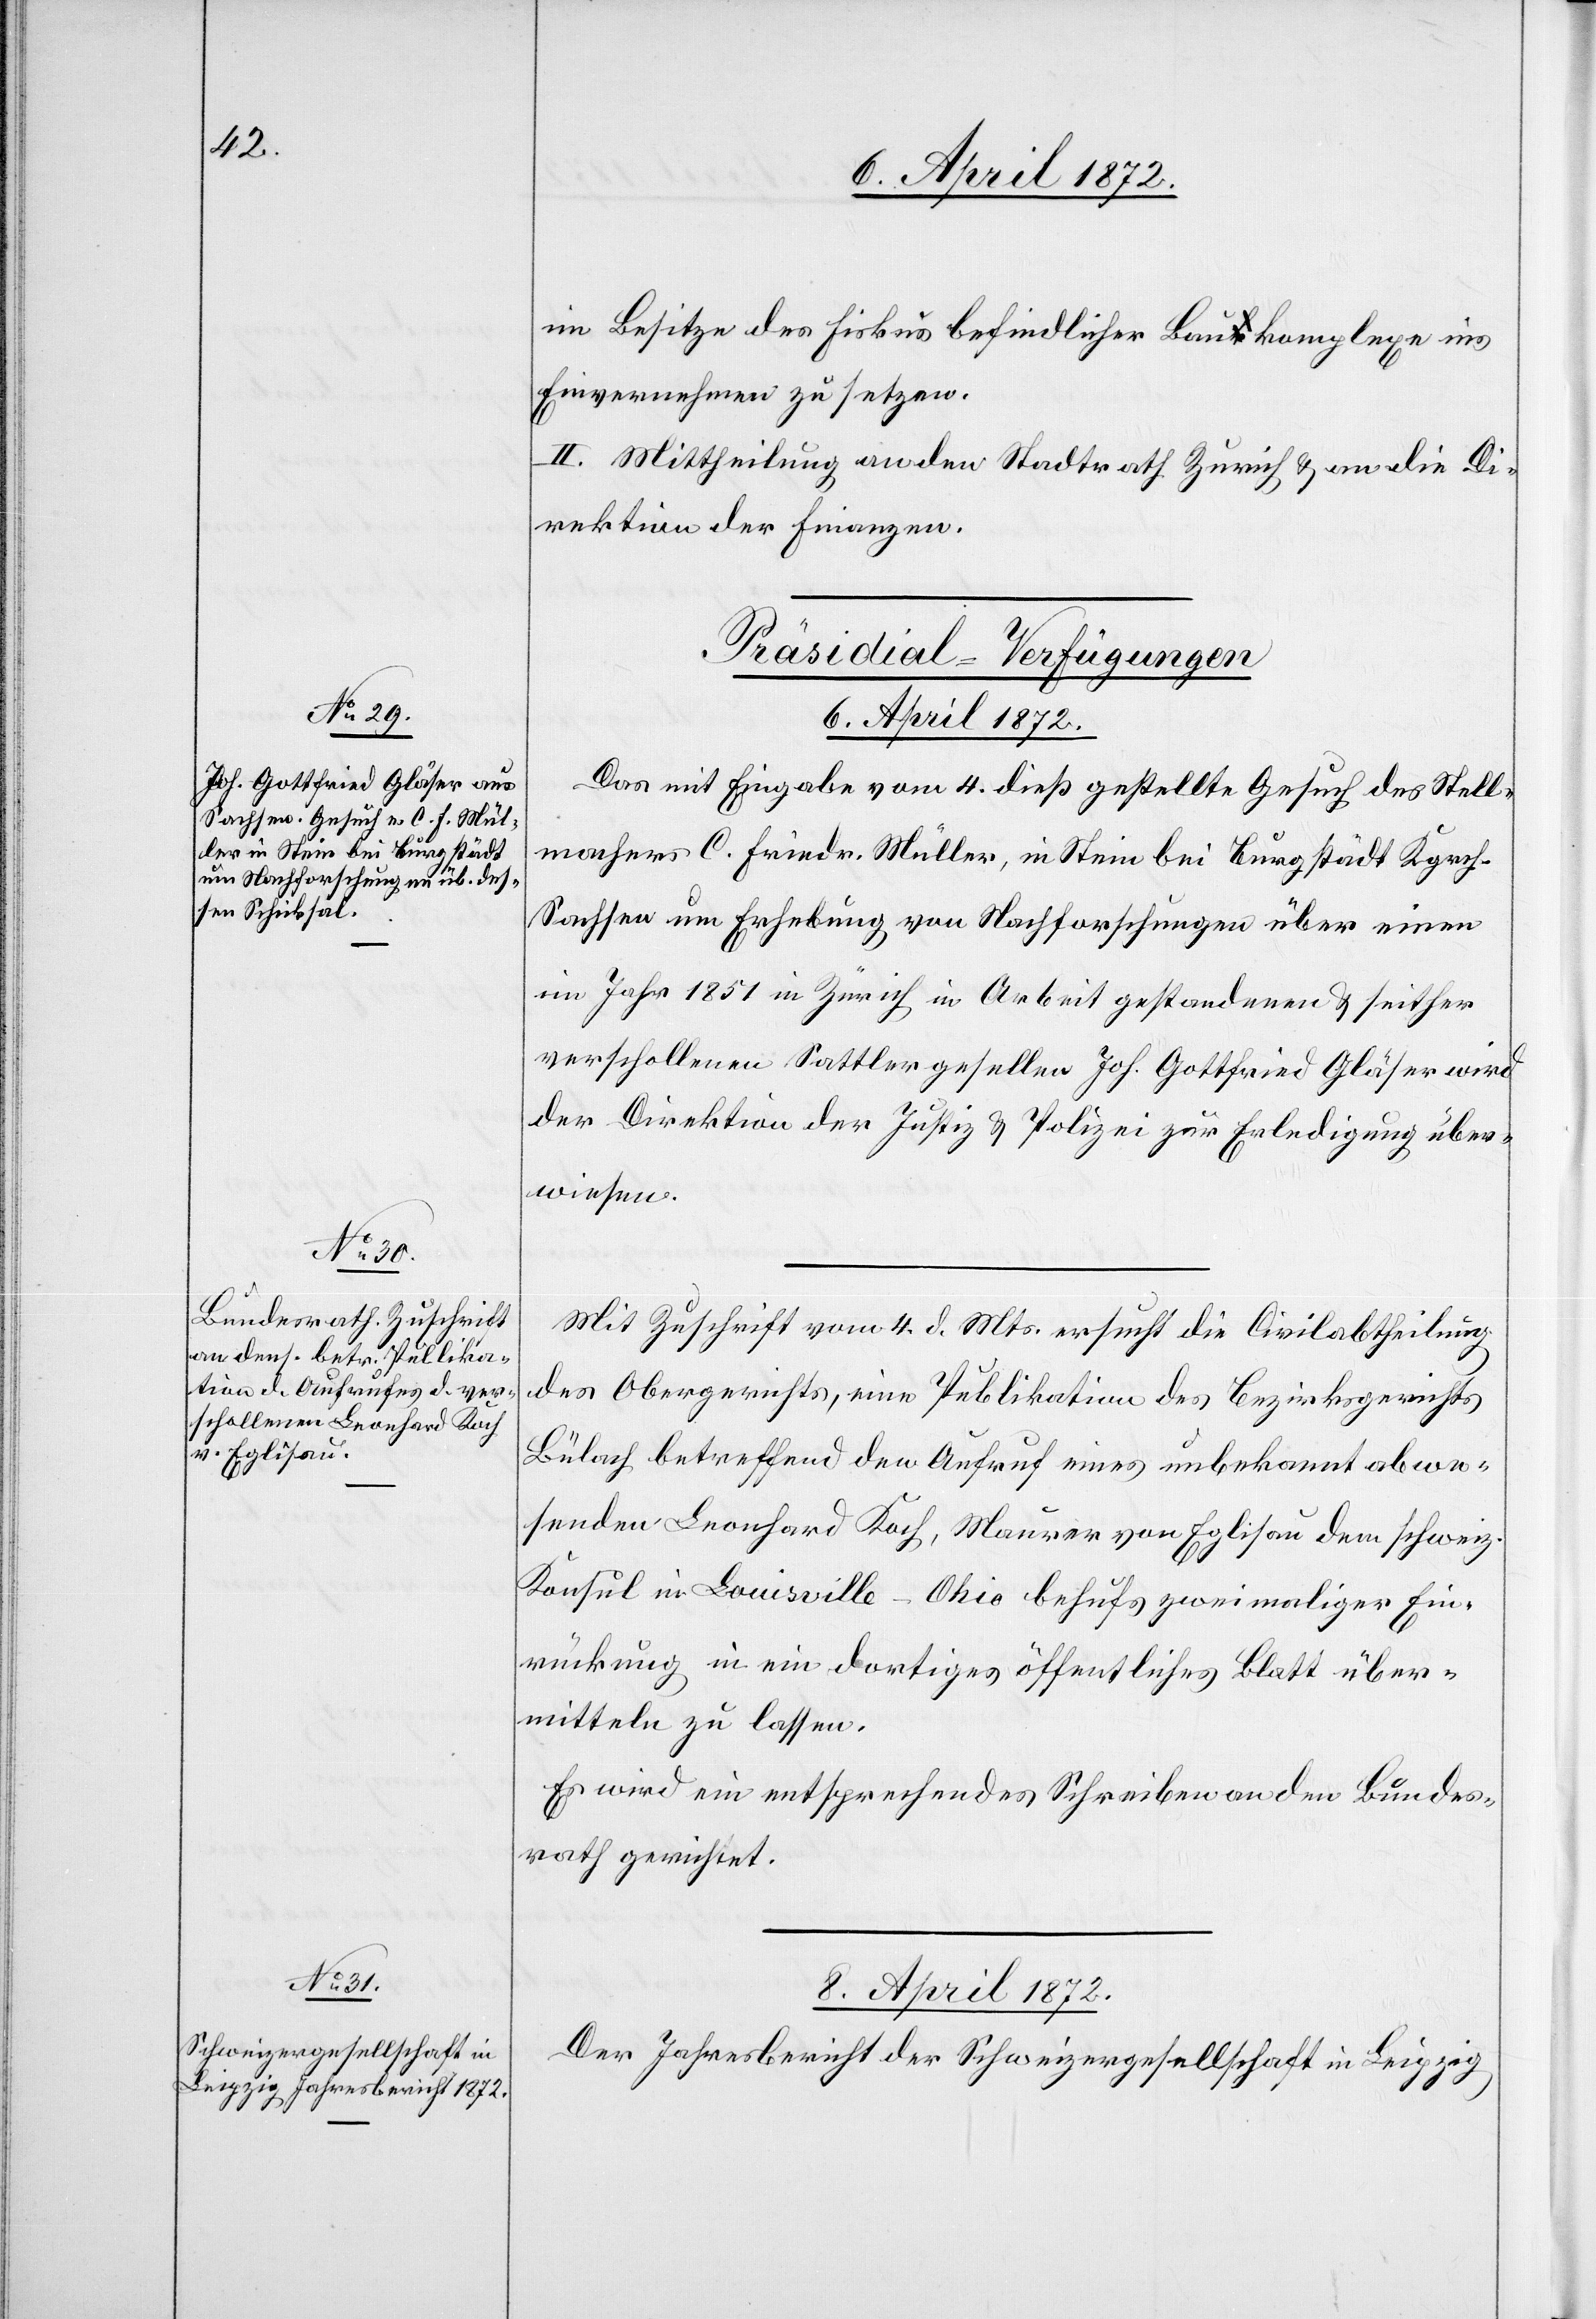
im Besitze des Fiskus befindlicher Baukomplexe ins
Einvernehmen zu setzen.
II. Mittheilung an den Stadtrath Zürich u. an die Di¬
rektion der Finanzen.
[Präsidial-Verfügungen]
6. April 1872.]
Das mit Eingabe vom 4. dieß gestellte Gesuch des Stell¬
machers C. Friedr. Müller, in Stein bei Burgstädt Kgrch.
Sachsen um Erhebung von Nachforschungen über einen
im Jahr 1851 in Zürich in Arbeit gestandenen u. seither
verschollenen Sattlergesellen Joh. Gottfried Gläser wird
der Direktion der Justiz u. Polizei zur Erledigung über¬
wiesen.
Mit Zuschrift vom 4. d. Mts. ersucht die Civilabtheilung
des Obergerichts, eine Publikation des Bezirksgerichts
Bülach betreffend den Aufruf eines unbekannt abwe¬
senden Leonhard Koch, Maurer von Eglisau dem schweiz.
Konsul in Louisville-Ohio behufs zweimaliger Ein¬
rückung in ein dortiges öffentliches Blatt über¬
mitteln zu lassen.
Es wird ein entsprechendes Schreiben an den Bundes¬
rath gerichtet.
Der Jahresbericht der Schweizergesellschaft in Leipzig
8.